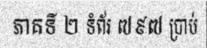
ភាគទី ២ ទំព័រ ៧៩៧ ប្រាប់